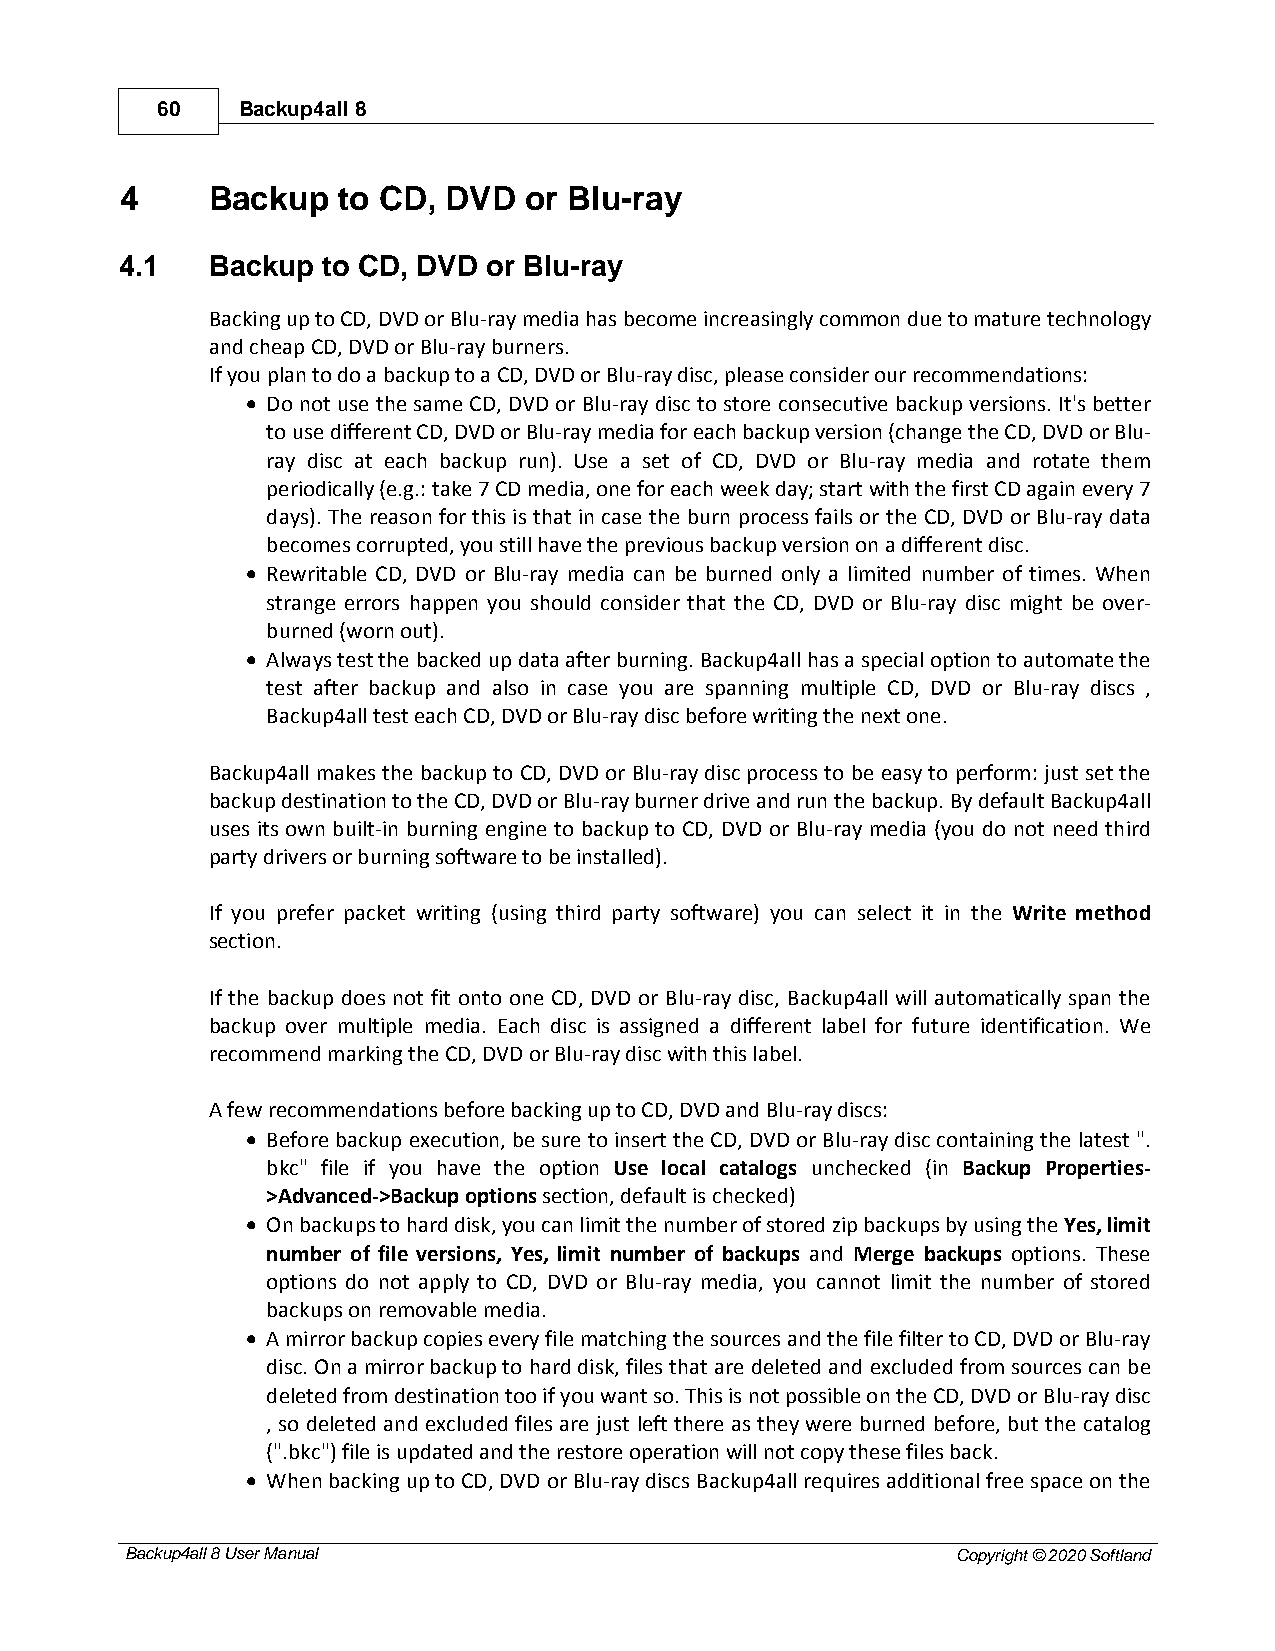
60    Backup4all 8
 4     Backup  to CD, DVD   or Blu-ray
 4.1   Backup to CD, DVD or Blu-ray
 Backing up to CD, DVD or Blu-ray media has become increasingly common due to mature technology
 and cheap CD, DVD or Blu-ray burners.
 If you plan to do a backup to a CD, DVD or Blu-ray disc, please consider our recommendations:
 · Do not use the same CD, DVD or Blu-ray disc to store consecutive backup versions. It's better
 to use different CD, DVD or Blu-ray media for each backup version (change the CD, DVD or Blu-
 ray disc at each backup run). Use a set of CD, DVD or Blu-ray media and rotate them
 periodically (e.g.: take 7 CD media, one for each week day; start with the first CD again every 7
 days). The reason for this is that in case the burn process fails or the CD, DVD or Blu-ray data
 becomes corrupted, you still have the previous backup version on a different disc.
 · Rewritable CD, DVD or Blu-ray media can be burned only a limited number of times. When
 strange errors happen you should consider that the CD, DVD or Blu-ray disc might be over-
 burned (worn out).
 · Always test the backed up data after burning. Backup4all has a special option to automate the
 test after backup and also in case you are spanning multiple CD, DVD or Blu-ray discs ,
 Backup4all test each CD, DVD or Blu-ray disc before writing the next one.
 Backup4all makes the backup to CD, DVD or Blu-ray disc process to be easy to perform: just set the
 backup destination to the CD, DVD or Blu-ray burner drive and run the backup. By default Backup4all
 uses its own built-in burning engine to backup to CD, DVD or Blu-ray media (you do not need third
 party drivers or burning software to be installed).
 If you prefer packet writing (using third party software) you can select it in the Write method
 section.
 If the backup does not fit onto one CD, DVD or Blu-ray disc, Backup4all will automatically span the
 backup over multiple media. Each disc is assigned a different label for future identification. We
 recommend marking the CD, DVD or Blu-ray disc with this label.
 A few recommendations before backing up to CD, DVD and Blu-ray discs:
 · Before backup execution, be sure to insert the CD, DVD or Blu-ray disc containing the latest ".
 bkc" file if you have the option Use local catalogs unchecked (in Backup Properties-
 >Advanced->Backup options section, default is checked)
 · On backups to hard disk, you can limit the number of stored zip backups by using the Yes, limit
 number of file versions, Yes, limit number of backups and Merge backups options. These
 options do not apply to CD, DVD or Blu-ray media, you cannot limit the number of stored
 backups on removable media.
 · A mirror backup copies every file matching the sources and the file filter to CD, DVD or Blu-ray
 disc. On a mirror backup to hard disk, files that are deleted and excluded from sources can be
 deleted from destination too if you want so. This is not possible on the CD, DVD or Blu-ray disc
 , so deleted and excluded files are just left there as they were burned before, but the catalog
 (".bkc") file is updated and the restore operation will not copy these files back.
 · When backing up to CD, DVD or Blu-ray discs Backup4all requires additional free space on the
 Backup4all 8 User Manual                               Copyright © 2020 Softland